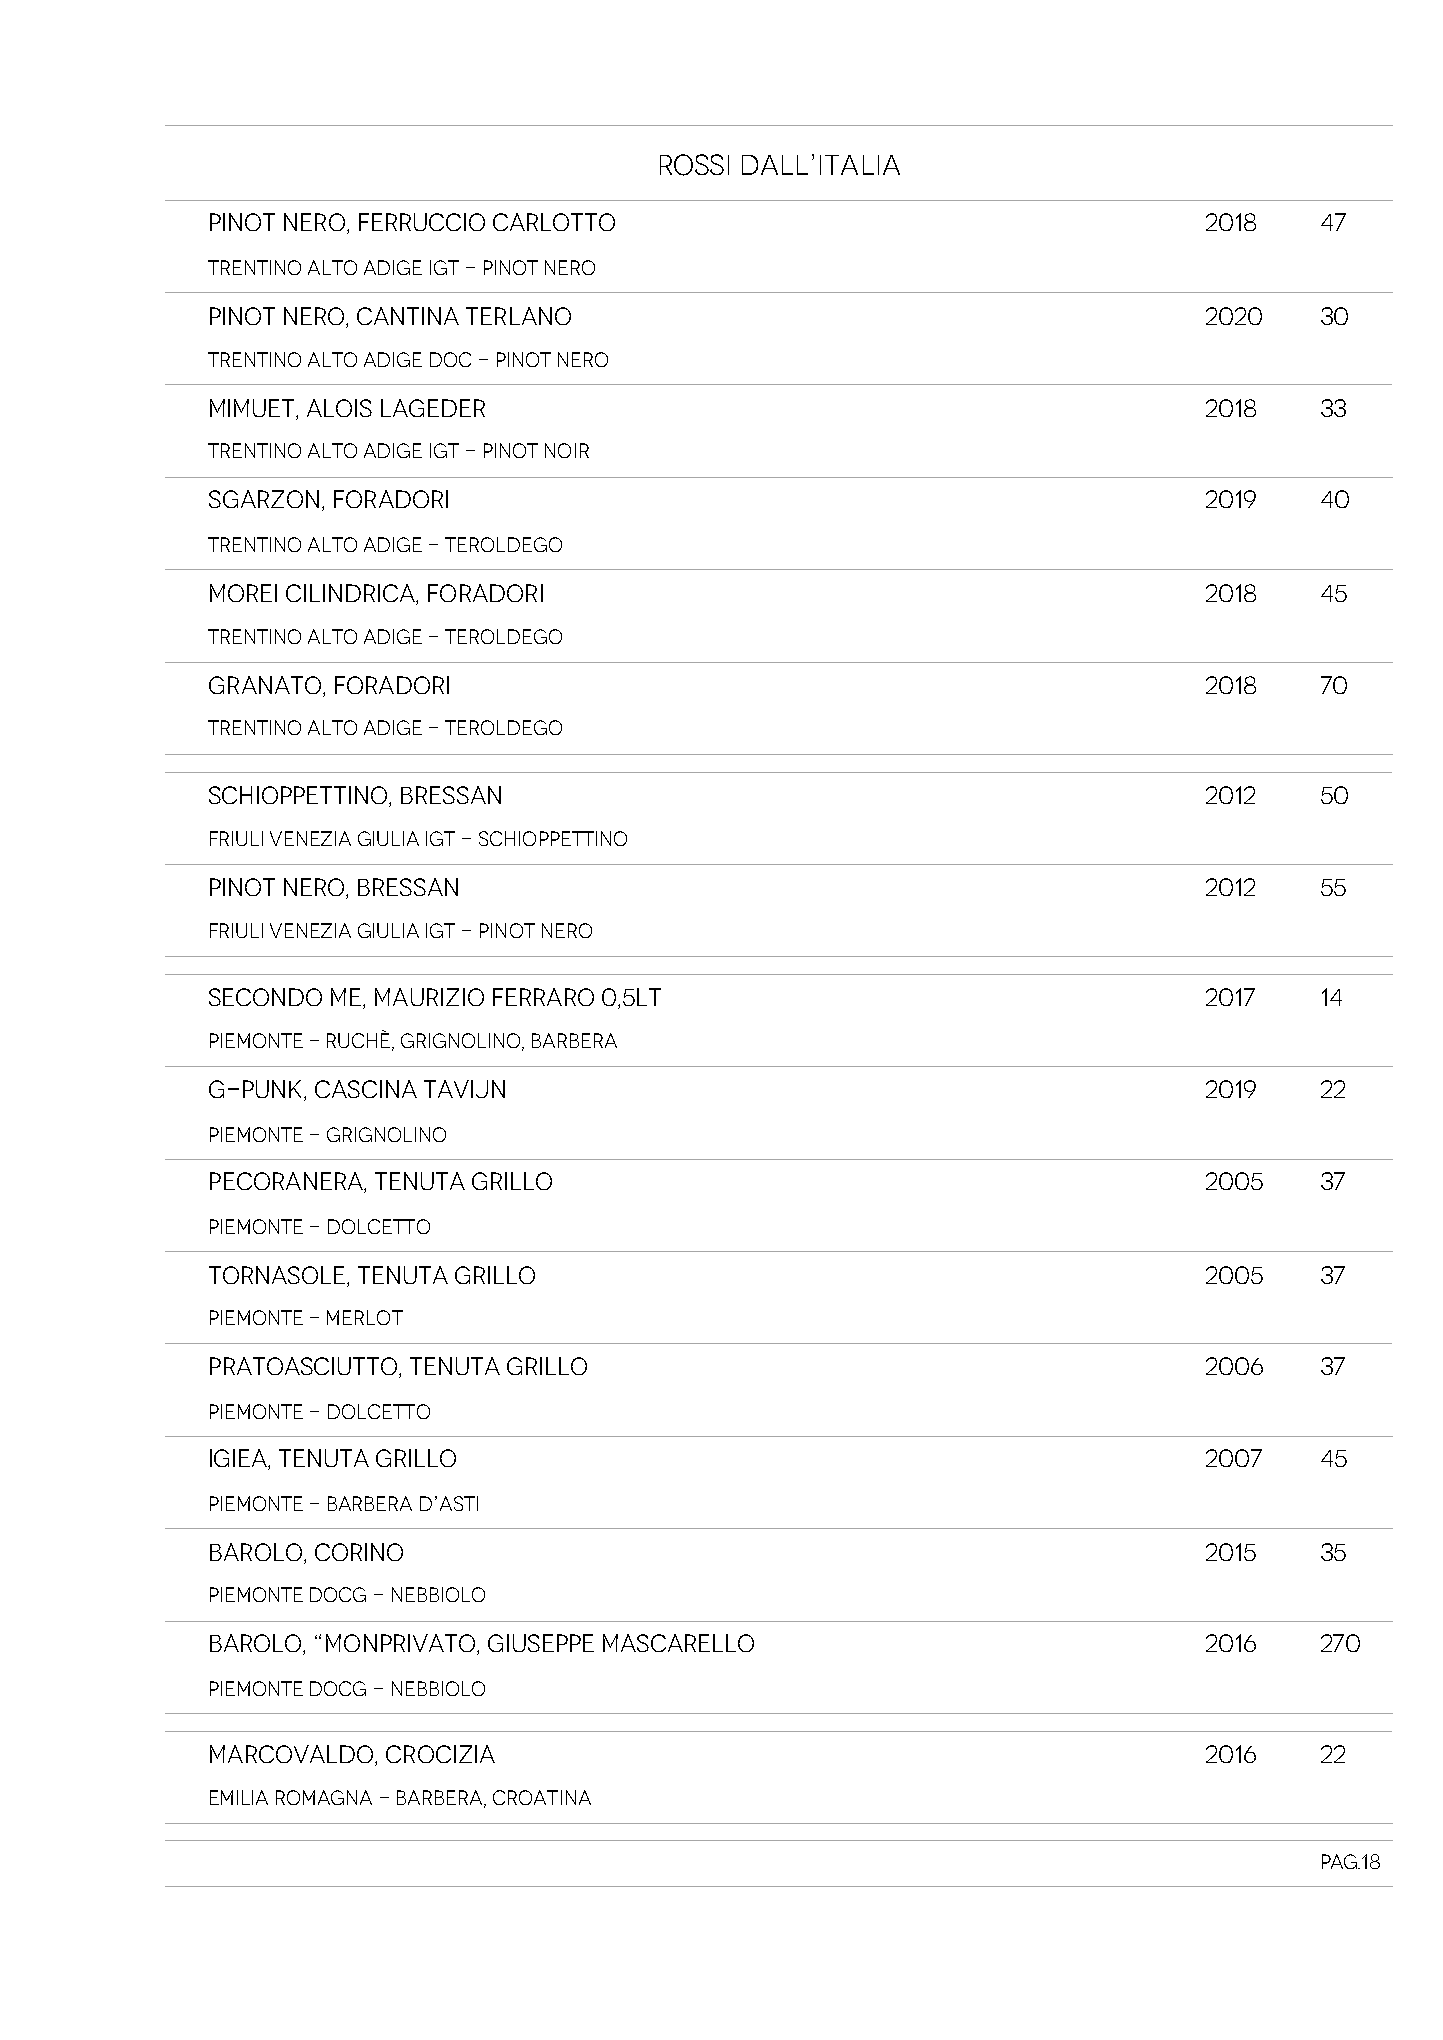
ROSSI DALL’ITALIA
 PINOT NERO, FERRUCCIO CARLOTTO                                    2018   47
 Trentino Alto Adige Igt - Pinot Nero
 PINOT NERO, CANTINA TERLANO                                       2020   30
 Trentino Alto Adige Doc - Pinot Nero
 MIMUET, ALOIS LAGEDER                                             2018   33
 Trentino Alto Adige Igt - Pinot Noir
 SGARZON, FORADORI                                                 2019   40
 Trentino Alto Adige - Teroldego
 MOREI CILINDRICA, FORADORI                                        2018   45
 Trentino Alto Adige - Teroldego
 GRANATO, FORADORI                                                 2018   70
 Trentino Alto Adige - Teroldego
 SCHIOPPETTINO, BRESSAN                                            2012   50
 Friuli Venezia Giulia IGT - Schioppettino
 PINOT NERO, BRESSAN                                               2012   55
 Friuli Venezia Giulia IGT - Pinot Nero
 SECONDO ME, MAURIZIO FERRARO 0,5LT                                2017   14
 Piemonte - Ruchè, Grignolino, Barbera
 G-PUNK, CASCINA TAVIJN                                            2019   22
 Piemonte - Grignolino
 PECORANERA, TENUTA GRILLO                                         2005   37
 Piemonte - Dolcetto
 TORNASOLE, TENUTA GRILLO                                          2005   37
 Piemonte - Merlot
 PRATOASCIUTTO, TENUTA GRILLO                                      2006   37
 Piemonte - Dolcetto
 IGIEA, TENUTA GRILLO                                              2007   45
 Piemonte - Barbera d’Asti
 BAROLO, CORINO                                                    2015   35
 Piemonte DOCG - Nebbiolo
 BAROLO, “MONPRIVATO, GIUSEPPE MASCARELLO                          2016   270
 Piemonte DOCG - Nebbiolo
 MARCOVALDO, CROCIZIA                                              2016   22
 Emilia Romagna - Barbera, Croatina
 Pag.18